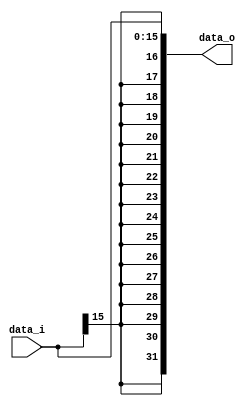
module Sign_extend(data_i, data_o);
	
	input	[15:0] data_i;
	output	[31:0] data_o;

	assign data_o = {{16{data_i[15]}},data_i};

endmodule